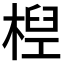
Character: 𣕕